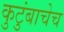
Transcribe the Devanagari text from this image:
कुटुंबाचेच